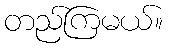
တည်ကြမယ်။